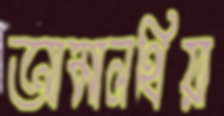
আমালথিয়া